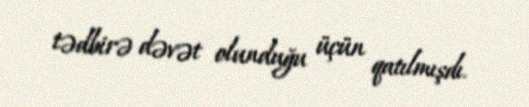
tədbirə dəvət olunduğu üçün qatılmışdı.